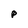
Character: p